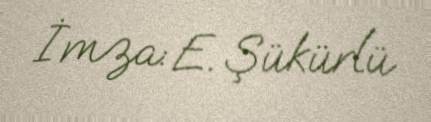
İmza: E. Şükürlü